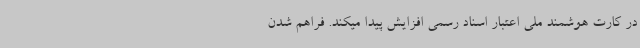
در کارت هوشمند ملی اعتبار اسناد رسمی افزایش پیدا میکند. فراهم شدن